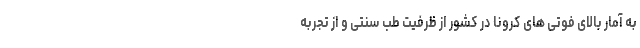
به آمار بالای فوتی های کرونا در کشور از ظرفیت طب سنتی و از تجربه